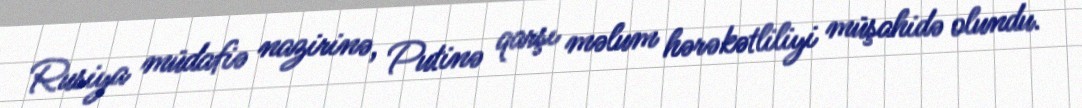
Rusiya müdafiə nazirinə, Putinə qarşı məlum hərəkətliliyi müşahidə olundu.